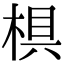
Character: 椇